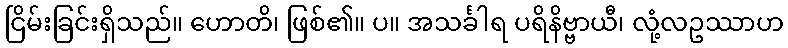
ငြိမ်းခြင်းရှိသည်။ ဟောတိ၊ ဖြစ်၏။ ပ။ အသင်္ခါရ ပရိနိဗ္ဗာယီ၊ လုံ့လဥဿာဟ